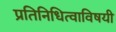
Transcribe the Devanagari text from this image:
प्रतिनिधित्वाविषयी